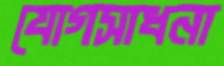
যোগসাধনা